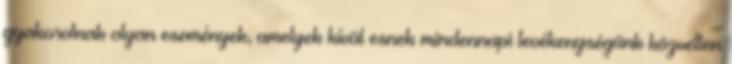
gyakorolnak olyan események, amelyek kívül esnek mindennapi tevékenységünk közvetlen